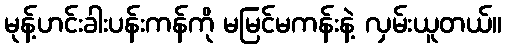
မုန့်ဟင်းခါးပန်းကန်ကို မမြင်မကန်းနဲ့ လှမ်းယူတယ်။